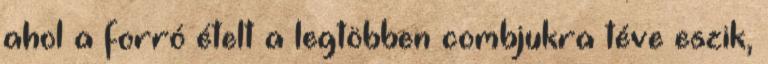
ahol a forró ételt a legtöbben combjukra téve eszik,